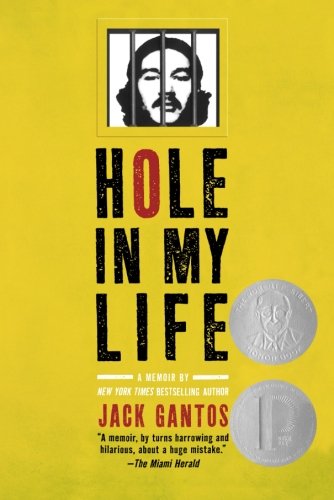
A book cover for Hole in My Life; Jack Gantos; Biographies & Memoirs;